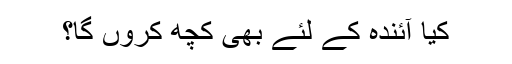
کیا آئندہ کے لئے بھی کچھ کروں گا؟